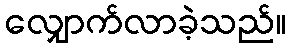
လျှောက်လာခဲ့သည်။